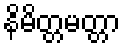
နိမိတ္တမတ္တာ